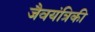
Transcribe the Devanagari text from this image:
जैवयंत्रिकी